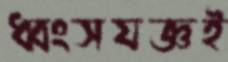
ধ্বংসযজ্ঞই